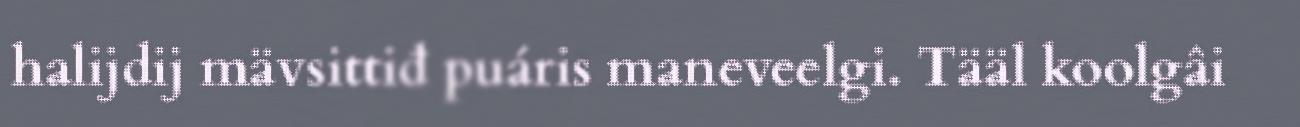
halijdij mävsittiđ puáris maneveelgi. Tääl koolgâi